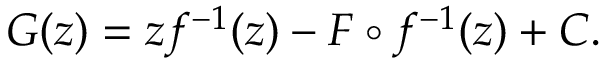
G ( z ) = z f ^ { - 1 } ( z ) - F \circ f ^ { - 1 } ( z ) + C .